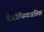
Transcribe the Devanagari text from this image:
नेउरोप्स्य्चिअतिक